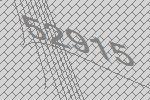
52915